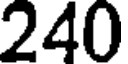
240